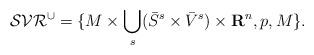
LaTeX: \begin{align*}\mathcal{SVR}^{\cup}= \{M\times \bigcup_{s}(\bar{S}^{s}\times\bar{V}^{s})\times\textbf{R}^{n},p,M\}.\end{align*}